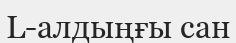
L-алдыңғы сан